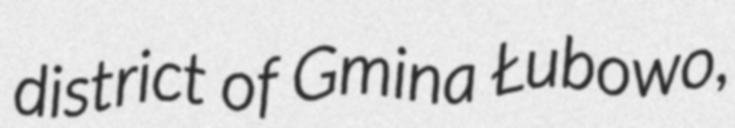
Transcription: district of Gmina Łubowo,